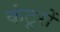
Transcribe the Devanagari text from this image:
कंटूरों